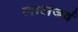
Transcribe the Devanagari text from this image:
लालजर्द